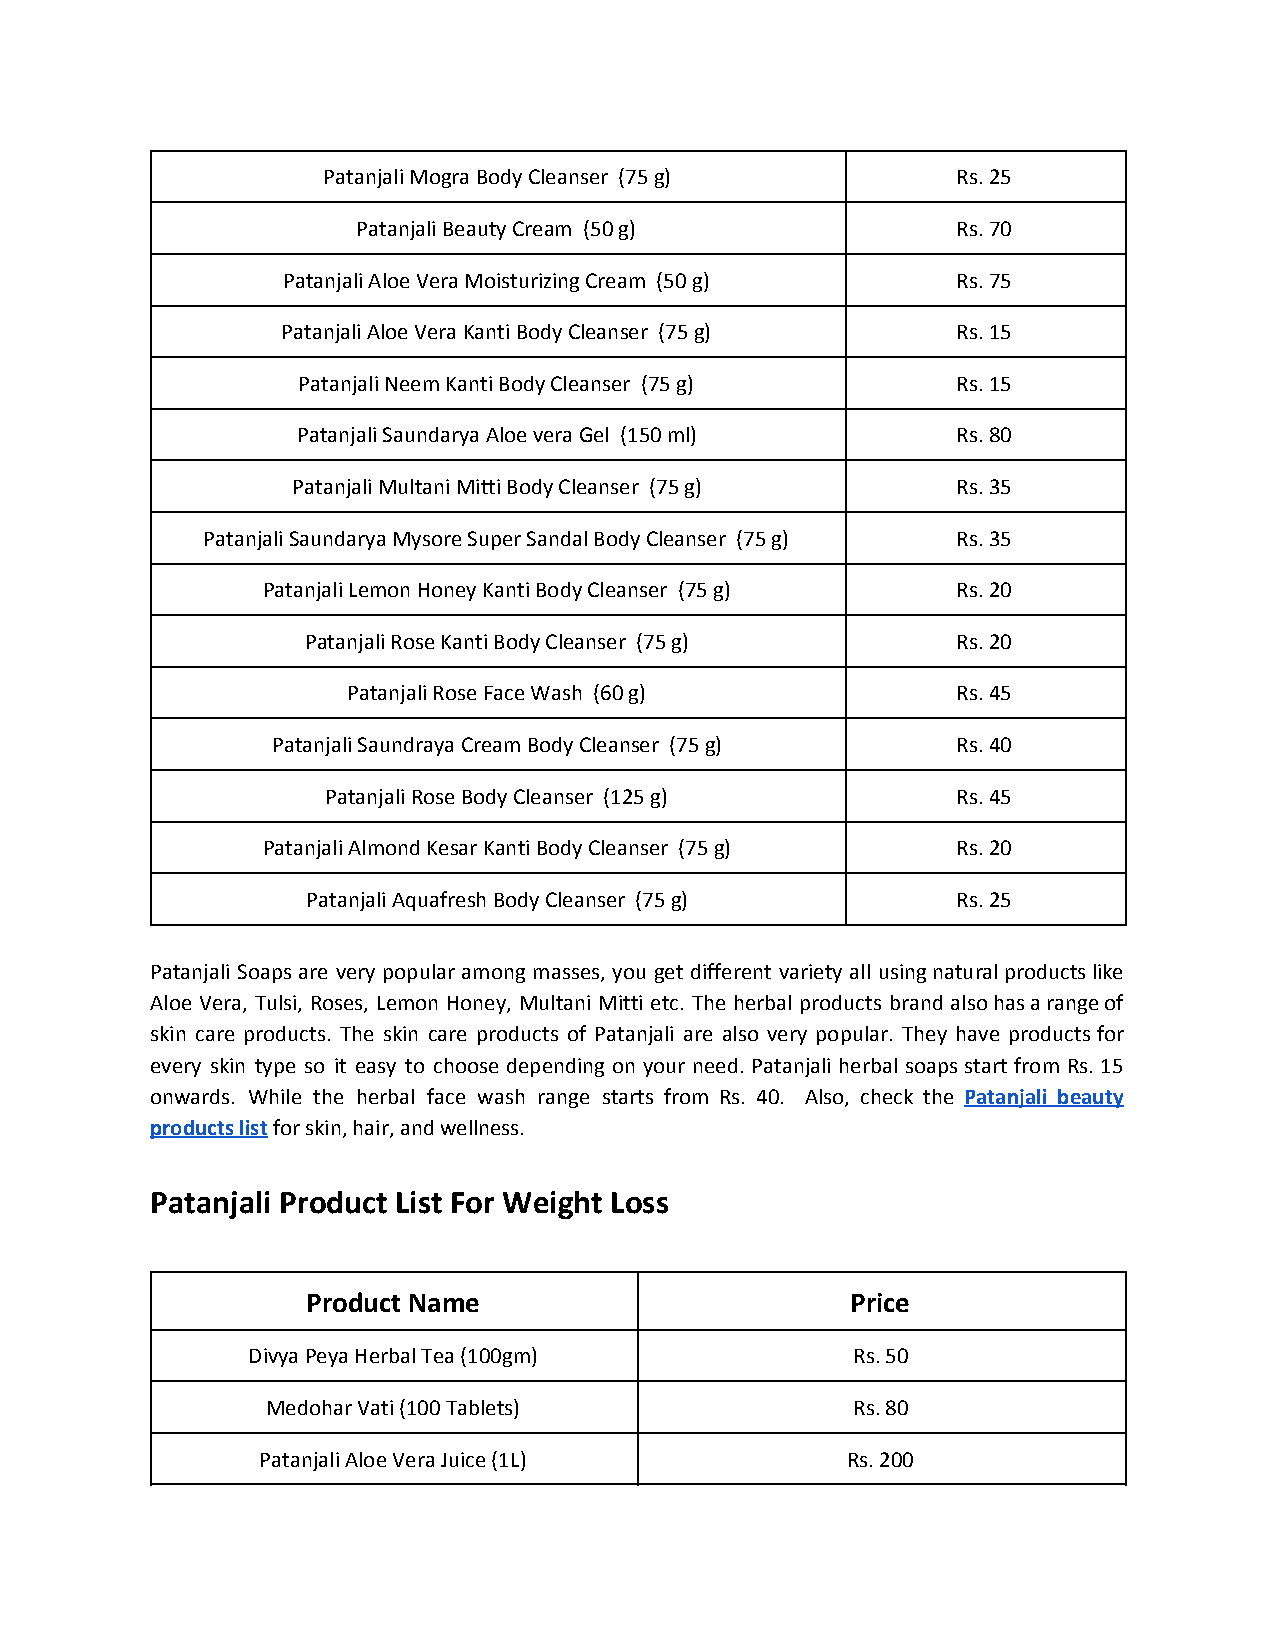
Patanjali Mogra Body Cleanser (75 g)      Rs. 25
 Patanjali Beauty Cream (50 g)          Rs. 70
 Patanjali Aloe Vera Moisturizing Cream (50 g) Rs. 75
 Patanjali Aloe Vera Kanti Body Cleanser (75 g) Rs. 15
 Patanjali Neem Kanti Body Cleanser (75 g)  Rs. 15
 Patanjali Saundarya Aloe vera Gel (150 ml) Rs. 80
 Patanjali Multani Mitti Body Cleanser (75 g) Rs. 35
 Patanjali Saundarya Mysore Super Sandal Body Cleanser (75 g) Rs. 35
 Patanjali Lemon Honey Kanti Body Cleanser (75 g) Rs. 20
 Patanjali Rose Kanti Body Cleanser (75 g)  Rs. 20
 Patanjali Rose Face Wash (60 g)         Rs. 45
 Patanjali Saundraya Cream Body Cleanser (75 g) Rs. 40
 Patanjali Rose Body Cleanser (125 g)     Rs. 45
 Patanjali Almond Kesar Kanti Body Cleanser (75 g) Rs. 20
 Patanjali Aquafresh Body Cleanser (75 g)   Rs. 25
 Patanjali Soaps are very popular among masses, you get different variety all using natural products like
 Aloe Vera, Tulsi, Roses, Lemon Honey, Multani Mitti etc. The herbal products brand also has a range of
 skin care products. The skin care products of Patanjali are also very popular. They have products for
 every skin type so it easy to choose depending on your need. Patanjali herbal soaps start from Rs. 15
 onwards. While the herbal face wash range starts from Rs. 40. Also, check the Patanjali beauty
 ​
 products list for skin, hair, and wellness.
 ​
 Patanjali Product List For Weight Loss
 Product Name                        Price
 Divya Peya Herbal Tea (100gm)           Rs. 50
 Medohar Vati (100 Tablets)            Rs. 80
 Patanjali Aloe Vera Juice (1L)         Rs. 200